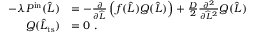
\begin{array} { r l } { - \lambda P ^ { \mathrm { i n } } ( \widehat { L } ) } & { = - \frac { \partial } { \partial \widehat { L } } \left( f ( \widehat { L } ) Q ( \widehat { L } ) \right) + \frac { D } { 2 } \frac { \partial ^ { 2 } } { \partial \widehat { L } ^ { 2 } } Q ( \widehat { L } ) } \\ { Q ( \widehat { L } _ { \mathrm { t s } } ) } & { = 0 \ . } \end{array}